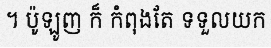
។ ប៉ូឡូញ ក៏ កំពុងតែ ទទួលយក